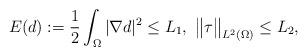
LaTeX: \begin{align*}E(d):=\frac12\int_\Omega |\nabla d|^2\le L_1, \ \big\|\tau\big\|_{L^2(\Omega)}\le L_2,\end{align*}